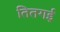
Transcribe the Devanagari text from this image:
तितगई